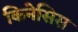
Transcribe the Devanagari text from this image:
किनेसिस